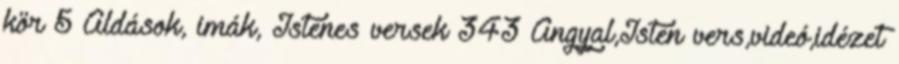
kör 5 Áldások, imák, Istenes versek 343 Angyal,Isten vers,videó,idézet